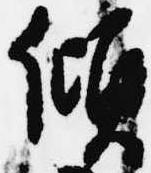
傾